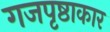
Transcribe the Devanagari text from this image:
गजपृष्ठाकार